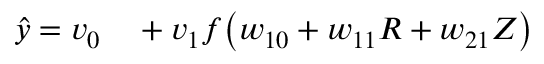
\begin{array} { r l } { \hat { y } = v _ { 0 } } & { { } + v _ { 1 } f \big ( w _ { 1 0 } + w _ { 1 1 } R + w _ { 2 1 } Z \big ) } \end{array}